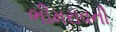
ભીમરાવની